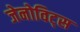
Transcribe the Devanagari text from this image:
जेनोविट्स